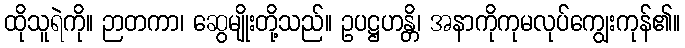
ထိုသူရဲကို။ ဉာတကာ၊ ဆွေမျိုးတို့သည်။ ဥပဋ္ဌဟန္တိ၊ အနာကိုကုမလုပ်ကျွေးကုန်၏။